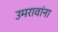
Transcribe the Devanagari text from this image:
उमरावांना